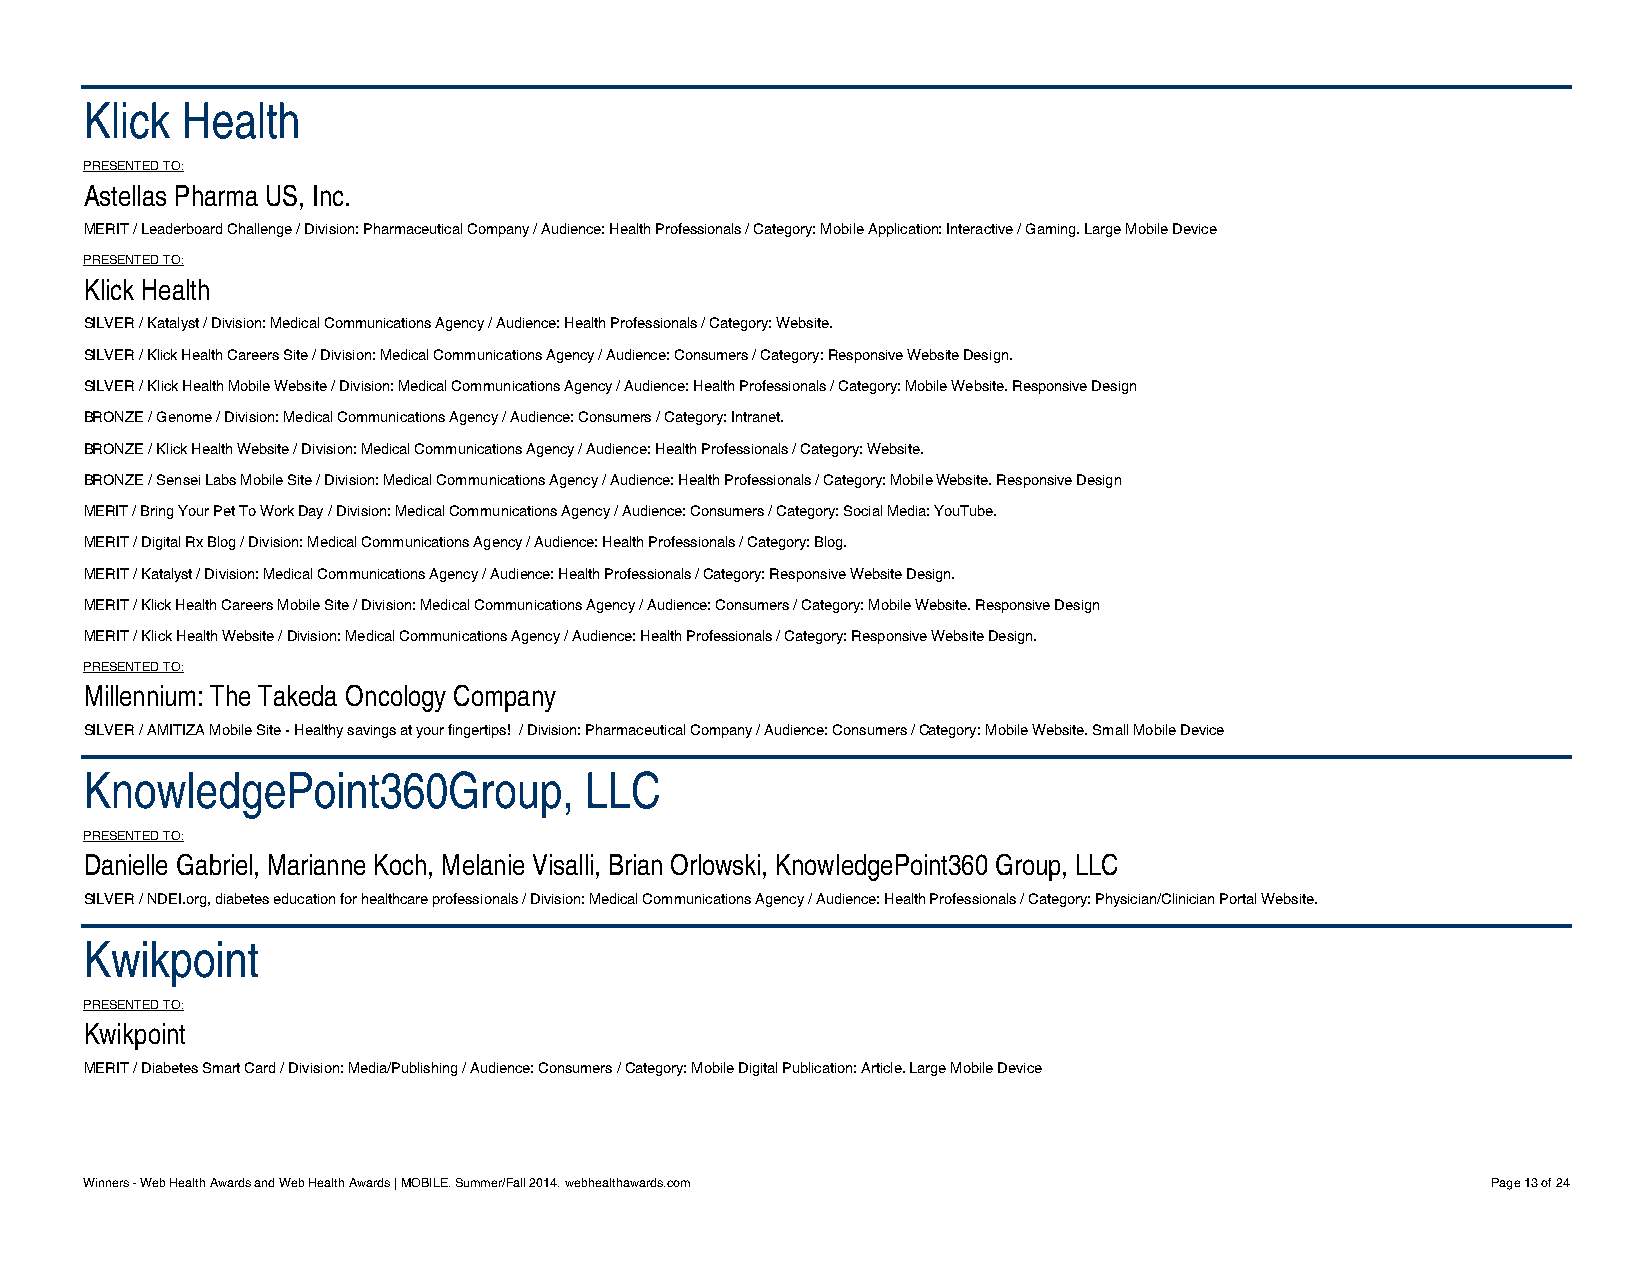
Klick Health
 PRESENTED TO:
 Astellas Pharma US, Inc.
 MERIT / Leaderboard Challenge / Division: Pharmaceutical Company / Audience: Health Professionals / Category: Mobile Application: Interactive / Gaming. Large Mobile Device
 PRESENTED TO:
 Klick Health
 SILVER / Katalyst / Division: Medical Communications Agency / Audience: Health Professionals / Category: Website.
 SILVER / Klick Health Careers Site / Division: Medical Communications Agency / Audience: Consumers / Category: Responsive Website Design.
 SILVER / Klick Health Mobile Website / Division: Medical Communications Agency / Audience: Health Professionals / Category: Mobile Website. Responsive Design
 BRONZE / Genome / Division: Medical Communications Agency / Audience: Consumers / Category: Intranet.
 BRONZE / Klick Health Website / Division: Medical Communications Agency / Audience: Health Professionals / Category: Website.
 BRONZE / Sensei Labs Mobile Site / Division: Medical Communications Agency / Audience: Health Professionals / Category: Mobile Website. Responsive Design
 MERIT / Bring Your Pet To Work Day / Division: Medical Communications Agency / Audience: Consumers / Category: Social Media: YouTube.
 MERIT / Digital Rx Blog / Division: Medical Communications Agency / Audience: Health Professionals / Category: Blog.
 MERIT / Katalyst / Division: Medical Communications Agency / Audience: Health Professionals / Category: Responsive Website Design.
 MERIT / Klick Health Careers Mobile Site / Division: Medical Communications Agency / Audience: Consumers / Category: Mobile Website. Responsive Design
 MERIT / Klick Health Website / Division: Medical Communications Agency / Audience: Health Professionals / Category: Responsive Website Design.
 PRESENTED TO:
 Millennium: The Takeda Oncology Company
 SILVER / AMITIZA Mobile Site - Healthy savings at your fingertips! / Division: Pharmaceutical Company / Audience: Consumers / Category: Mobile Website. Small Mobile Device
 KnowledgePoint360Group,          LLC
 PRESENTED TO:
 Danielle Gabriel, Marianne Koch, Melanie Visalli, Brian Orlowski, KnowledgePoint360 Group, LLC
 SILVER / NDEI.org, diabetes education for healthcare professionals / Division: Medical Communications Agency / Audience: Health Professionals / Category: Physician/Clinician Portal Website.
 Kwikpoint
 PRESENTED TO:
 Kwikpoint
 MERIT / Diabetes Smart Card / Division: Media/Publishing / Audience: Consumers / Category: Mobile Digital Publication: Article. Large Mobile Device
 Winners - Web Health Awards and Web Health Awards | MOBILE. Summer/Fall 2014. webhealthawards.com Page 13 of 24